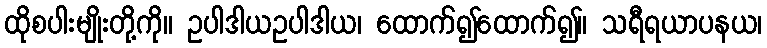
ထိုစပါးမျိုးတို့ကို။ ဥပါဒါယဥပါဒါယ၊ ထောက်၍ထောက်၍။ သရီရယာပနယ၊